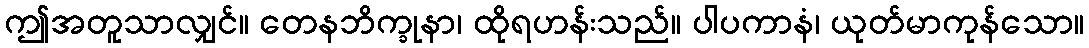
ဤအတူသာလျှင်။ တေနဘိက္ခုနာ၊ ထိုရဟန်းသည်။ ပါပကာနံ၊ ယုတ်မာကုန်သော။